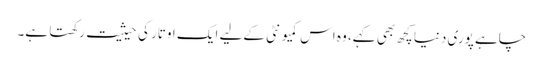
چاہے پوری دنیا کچھ بھی کہے، وہ اس کمیو نٹی کےلیے ایک اوتار کی حیثیت رکھتا ہے۔